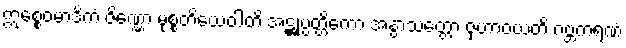
ဣစ္စေဝမာဒိကံ ဇိဏ္ဏော မုစ္စတိယေဝါတိ အဋ္ဌုပ္ပတ္တိကော အနွာသတ္တော ဇုဟာဝယတိ ဂဗ္ဘကရဏံ